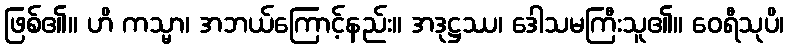
ဖြစ်၏။ ဟိ ကသ္မာ၊ အဘယ်ကြောင့်နည်း။ အဒုဋ္ဌဿ၊ ဒေါသမကြီးသူ၏။ ဝေရီသုပိ၊